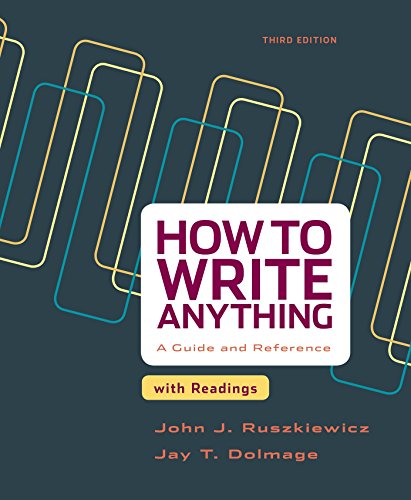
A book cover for How to Write Anything with Readings: A Guide and Reference; John J. Ruszkiewicz; Reference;